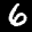
Label: 6